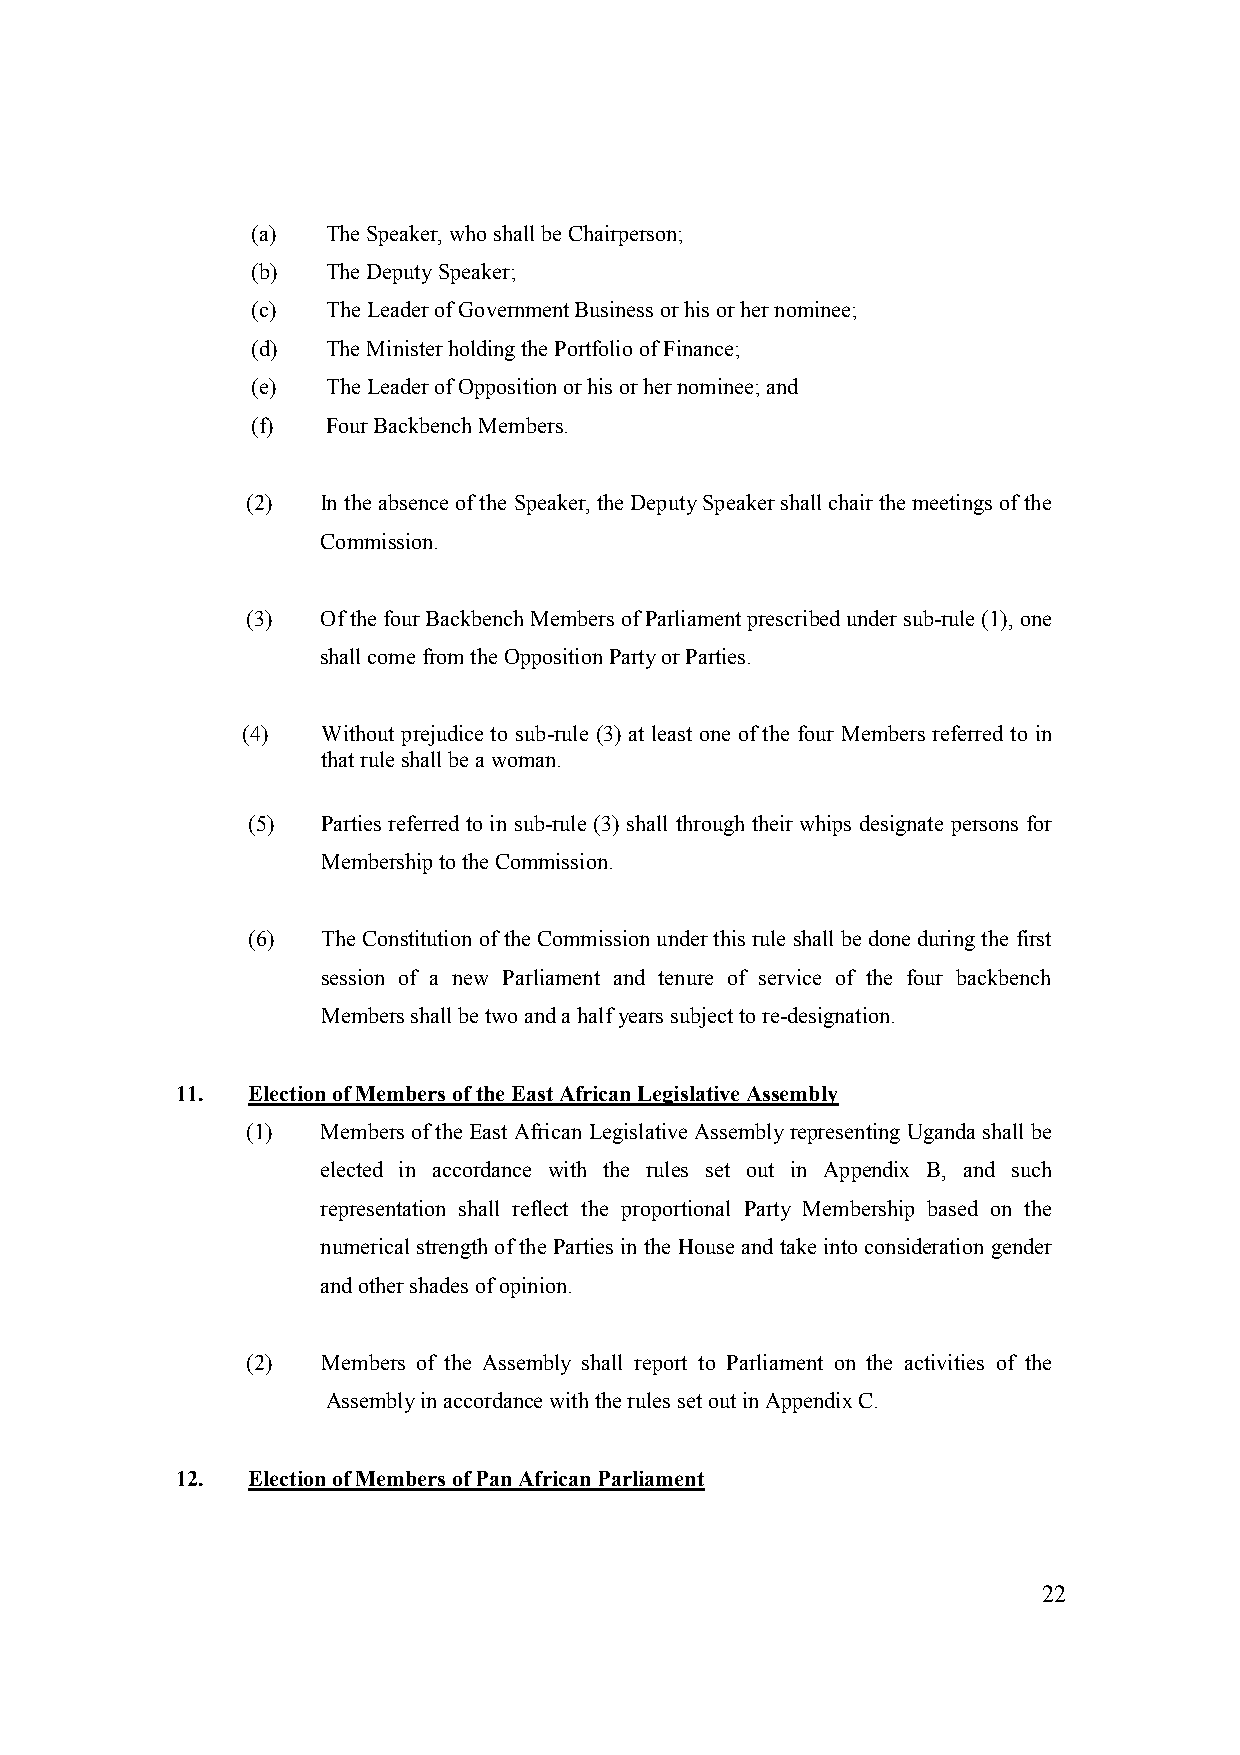
(a)  The Speaker, who shall be Chairperson;
 (b)  The Deputy Speaker;
 (c)  The Leader of Government Business or his or her nominee;
 (d)  The Minister holding the Portfolio of Finance;
 (e)  The Leader of Opposition or his or her nominee; and
 (f)  Four Backbench Members.
 (2)  In the absence of the Speaker, the Deputy Speaker shall chair the meetings of the
 Commission.
 (3)  Of the four Backbench Members of Parliament prescribed under sub-rule (1), one
 shall come from the Opposition Party or Parties.
 (4)  Without prejudice to sub-rule (3) at least one of the four Members referred to in
 that rule shall be a woman.
 (5)  Parties referred to in sub-rule (3) shall through their whips designate persons for
 Membership to the Commission.
 (6)  The Constitution of the Commission under this rule shall be done during the first
 session of a new Parliament and tenure of service of the four backbench
 Members shall be two and a half years subject to re-designation.
 11. Election of Members of the East African Legislative Assembly
 (1)  Members of the East African Legislative Assembly representing Uganda shall be
 elected in accordance with the rules set out in Appendix B, and such
 representation shall reflect the proportional Party Membership based on the
 numerical strength of the Parties in the House and take into consideration gender
 and other shades of opinion.
 (2)  Members of the Assembly shall report to Parliament on the activities of the
 Assembly in accordance with the rules set out in Appendix C.
 12. Election of Members of Pan African Parliament
 22